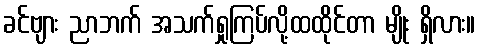
ခင်ဗျား ညာဘက် အသက်ရှုကြပ်လို့ထထိုင်တာ မျိုး ရှိလား။